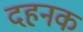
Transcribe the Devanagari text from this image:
दहनक